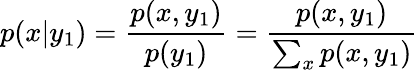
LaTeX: p(x|y_{1})=\frac{p(x,y_{1})}{p(y_{1})}=\frac{p(x,y_{1})}{\sum_{x}p(x,y_{1})}